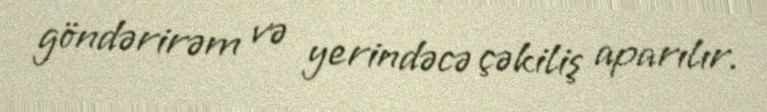
göndərirəm və yerindəcə çəkiliş aparılır.